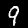
Digit: 9